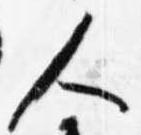
人